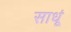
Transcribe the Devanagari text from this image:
साधूं